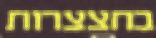
בחצצרות